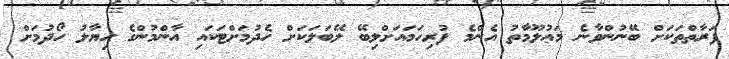
ފަރާތްތަކަށް ބޭނުންވާނެ މަޢުލޫމާތު އެންމެ ފުރިހަމައަށްލިބޭ ލޭބަލަކަށް ހެދުމަށްޓަކައި އާންމުންގެ ޙިޔާލު ހޯދުމަށް